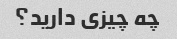
چه چیزی دارید؟